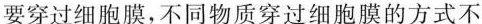
要穿过细胞膜，不同物质穿过细胞膜的方式不